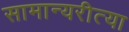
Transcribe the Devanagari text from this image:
सामान्यरीत्या